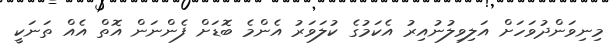
މިނިވަންދުވަހަށް އަލިވިލުނުއިރު އެކަމުގެ ކުލަވަރު އެންމެ ބޮޑަށް ފެންނަން އޮތް އެއް ތަނަކީ